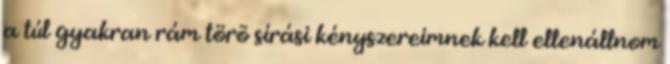
a túl gyakran rám törõ sírási kényszereimnek kell ellenállnom